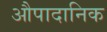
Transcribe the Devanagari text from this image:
औपादानिक